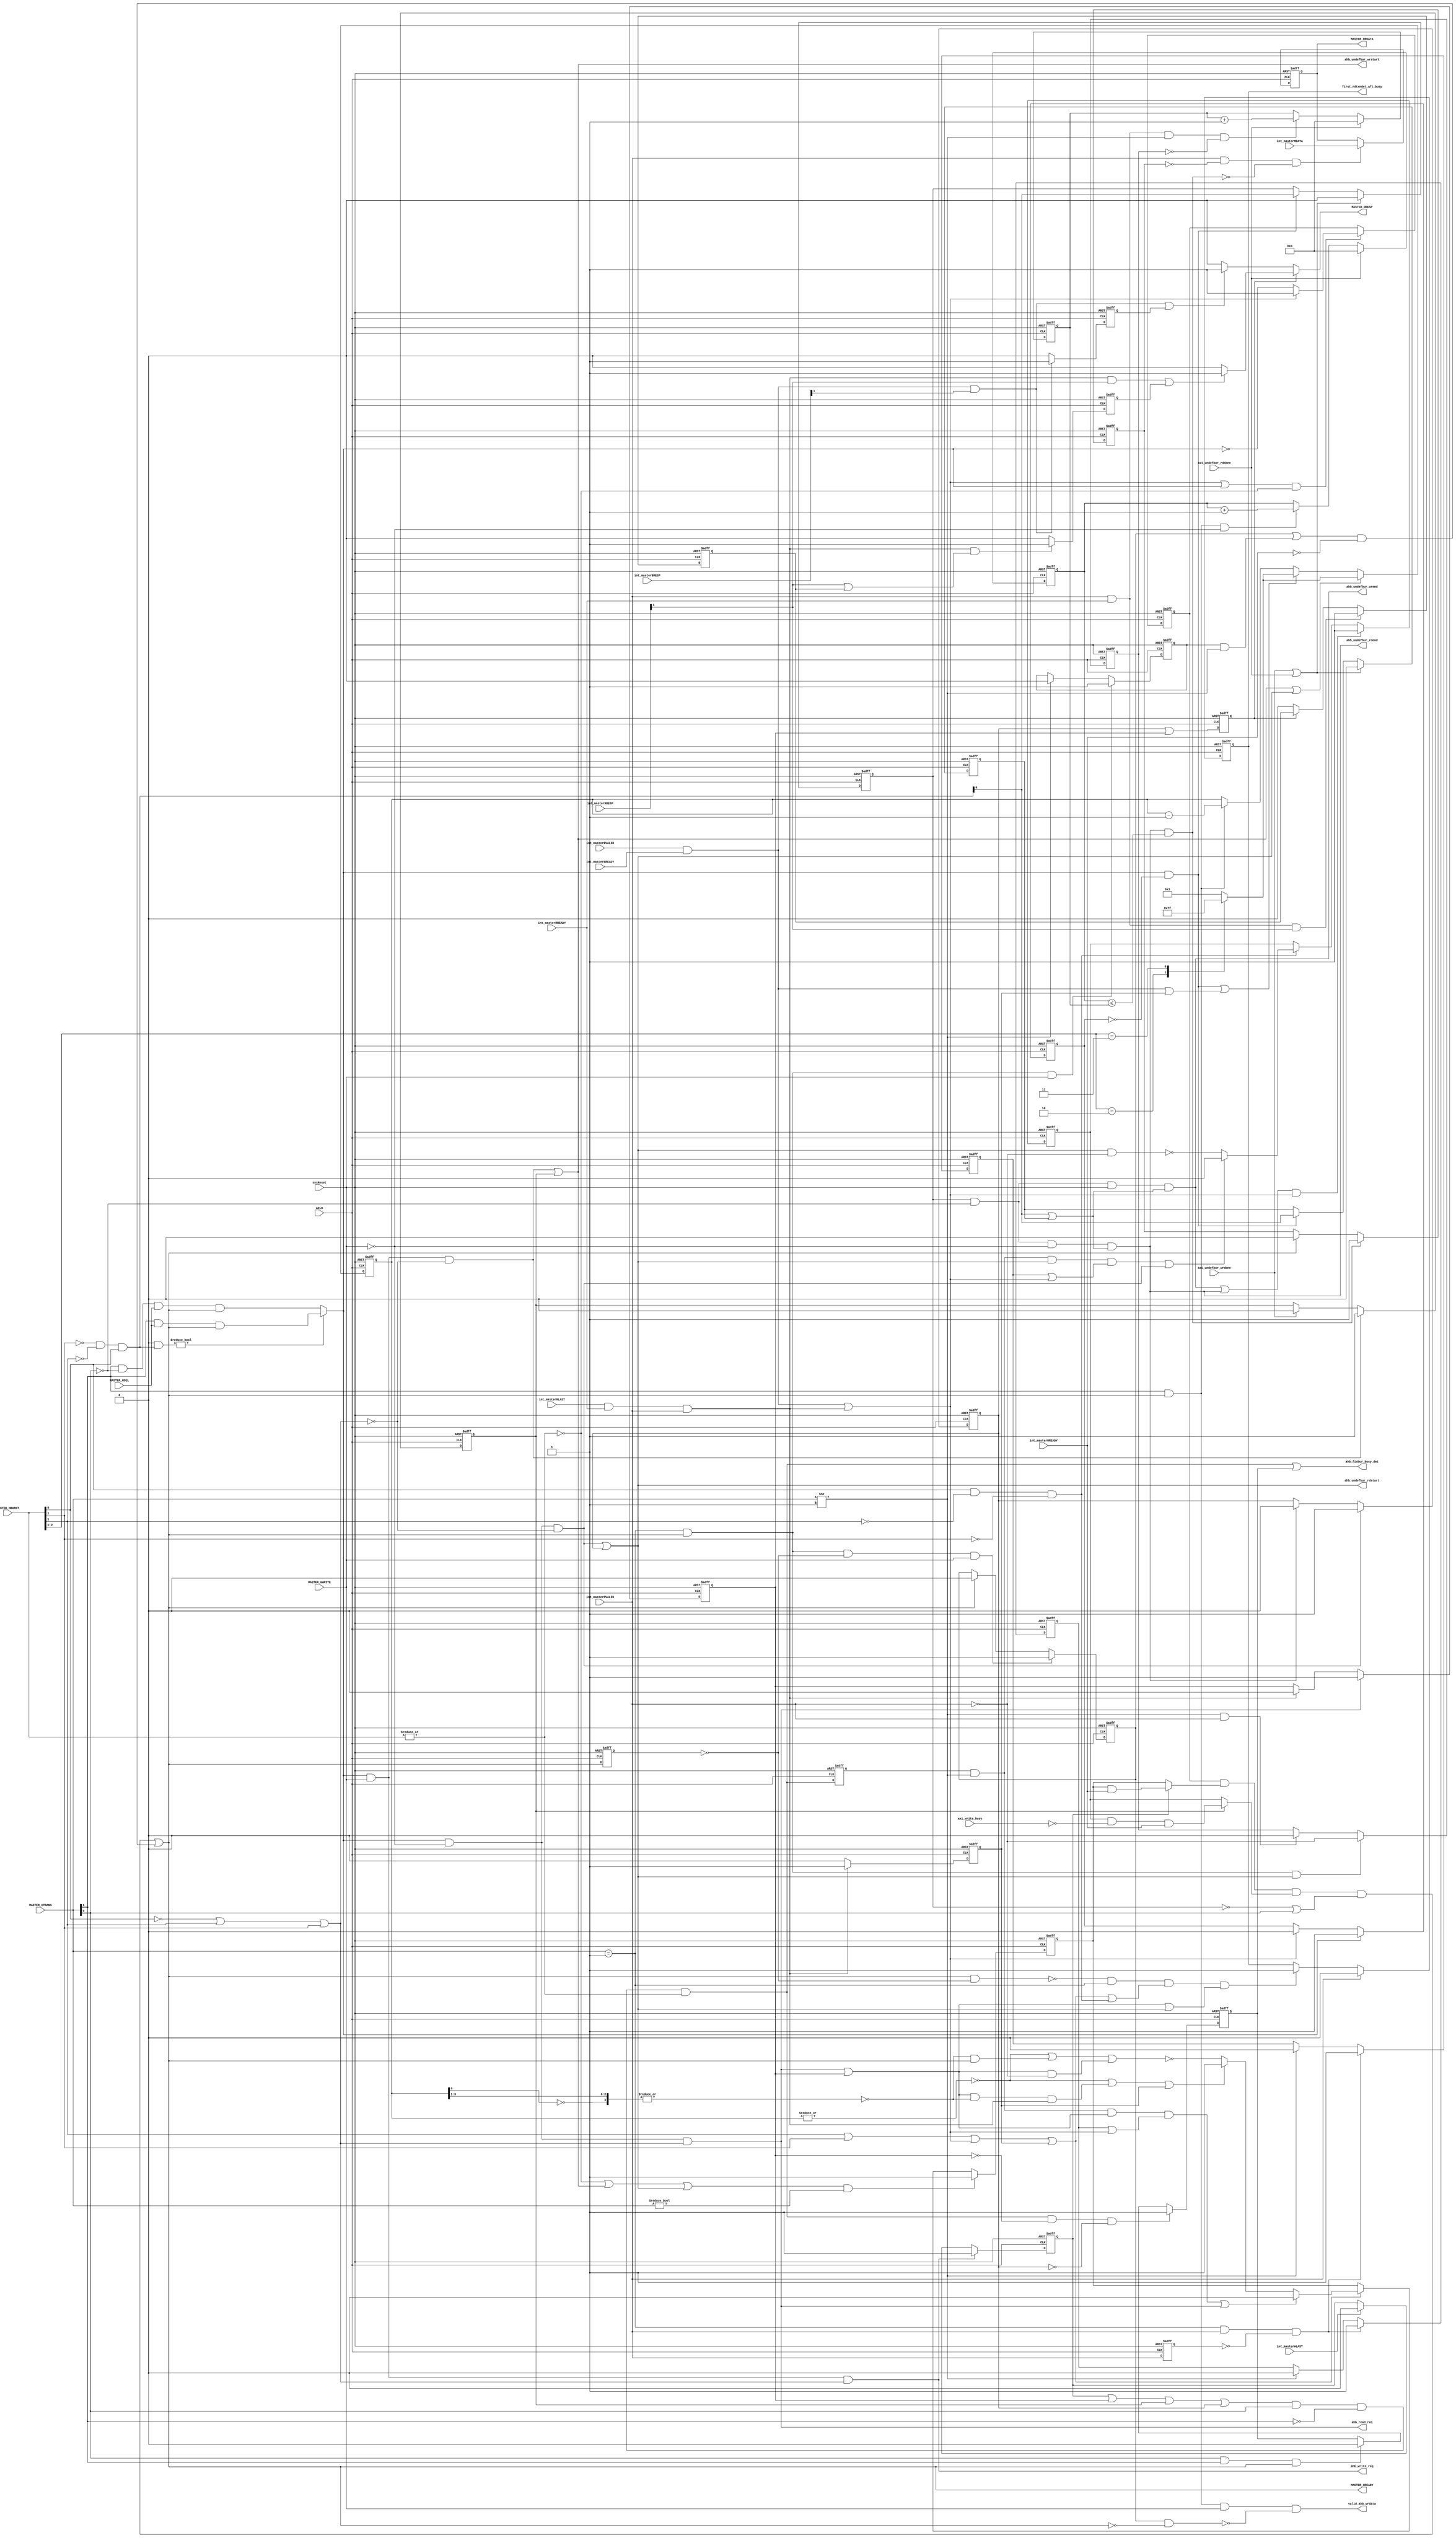
module caxi4interconnect_AHBL_Ctrl # 
(
   parameter        DATA_WIDTH           = 32,
   parameter        DEF_BURST_LEN_ZERO   = 0
)
(
  input                       ACLK,                
  input                       sysReset,            
  input                       MASTER_HSEL,         
  input  [1:0]                MASTER_HTRANS,       
  input                       MASTER_HWRITE,       
  input  [2:0]                MASTER_HBURST,       
  input                       int_masterWLAST,       
  input                       int_masterBVALID,    
  input                       int_masterBREADY,    
  input  [1:0]                int_masterBRESP,     
  input                       int_masterRVALID,    
  input                       int_masterRREADY,    
  input                       int_masterRLAST,     
  input  [1:0]                int_masterRRESP,     
  input  [DATA_WIDTH-1:0]     int_masterRDATA,     
  input                       int_masterWREADY,    
  input                       axi_write_busy,      
  input                       axi_undefbur_wrdone,      
  input                       axi_undefbur_rddone,      
  output reg [DATA_WIDTH-1:0] MASTER_HRDATA,       
  output reg                  MASTER_HRESP,        
  output                      MASTER_HREADY,       
  output                      ahb_write_req,       
  output                      ahb_read_req,        
  output                      ahb_undefbur_wrstart,
  output                      ahb_undefbur_wrend,  
  output                      ahb_undefbur_rdstart,
  output                      ahb_undefbur_rdend,  
  output                      ahb_fixbur_busy_det,
  output                      valid_ahb_wrdata,
  output reg                  first_rdtxndet_aft_busy
);

  wire                        axi_wrresp;
  wire                        axi_rdresp;
  wire                        new_trans;
  wire                        axi_rdwr_comp;
  wire                        ahb_singlebur_hrdy_ctrl_en;
  wire                        ahb_single_undef_bur;
  wire                        new_trans_pl;
  wire                        ahb_burst_cnt_zero;
  wire                        ahb_burst_cnt_one;
  wire                        ahb_fixbur_hrdy_ctrl;
  wire                        ahb_fixbur_hrdy_reg_en; 
  wire                        ahb_undefbur_hrdy_reg_en;
  wire                        ahb_undefbur_hrdy_ctrl;
  wire                        ahb_undefbur_end_hrdy_ctrl;
  wire                        ahb_write_det;
  wire                        ahb_fixed_burst;
  wire                        ahb_read_det;
  wire                        ahb_undefbur_wrdet;
  wire                        ahb_undefbur_rddet;
  wire                        axi_read_comp;
  wire                        incr_undef_burst;
  wire                        ahb_fixbur_busy;
  wire                        ahb_write_req_hold;
  wire                        ahb_read_req_hold;
  wire                        hready_assert;
  reg                         ahb_busy_seq;

  
  
  reg                         axi_wrresp_reg;
  reg                         axi_rdresp_reg;
  reg                         ahb_singlebur_hrdy_ctrl;
  reg  [3:0]                  ahb_burst_cnt;
  reg                         new_trans_reg;
  reg                         ahb_fixbur_hrdy_reg;
  reg                         ahb_write_det_reg;
  reg                         ahb_undefbur_hrdy_reg;
  reg                         new_trans_hold;
  reg                         ahb_undefbur_wrdet_reg;
  reg                         ahb_read_det_reg;
  reg                         ahb_undefbur_rddet_reg;
  reg  [3:0]                  ahb_burst_cnt_load_data;
  reg                         rlast_reg;
  reg                         int_masterRLAST_reg;
  reg                         incr_undef_burst_reg;
  reg                         ahb_undefbur_wrend_hold;
  reg                         ahb_undefbur_rdend_hold;
  reg                         ahb_fixbur_busy_hold;
  reg                         axi_rdresp_hold;
  reg                         MASTER_HREADY_f1;
  reg                         data_not_valid;
  reg                         axi_rdresp_ctrl;
  wire                        invalid_data;
  wire                        ahb_fixbur_busy_rdhrdy_ctrl;
  reg                         ahb_undefbur_last_read_done;
  reg                         int_masterRVALID_f1;
  reg                         ahb_undefbur_last_read_ctrl;
  reg  [9:0]                  read_req_cntr;
  reg  [9:0]                  read_data_cntr;
  reg                         ahb_fixbur_busy_f1;  
  reg                         read_data_cntr_en;  
  reg                         ahb_undefbur_hrdy_deassert_ctrl;  
  reg                         ahb_fixbur_hrdy_deassert_ctrl;  
  
  //To read the last data for undefined burst transaction, below logic is used.Signal is asserted when undefined burst end detected and 
  //read valid is asserted.Signal is de-asserted when transaction is completed.
  

  always@(posedge ACLK or negedge sysReset)
    if(~sysReset)
      ahb_fixbur_busy_f1 <= 0;
	else 
	  ahb_fixbur_busy_f1 <= ahb_fixbur_busy;
  
  //Counters to count number of read request and number of data read. These two counters are used to decide how many read data should be 
  //ignored after detecting termination of undefined burst transaction when DEF_BURST_LEN is not zero.
  
  always@(posedge ACLK or negedge sysReset)
    if(~sysReset)
      read_req_cntr <= 0;
	else if(axi_undefbur_rddone)
	  read_req_cntr <= 0;
	else if(MASTER_HTRANS[1] & MASTER_HREADY & ~MASTER_HWRITE)
	  read_req_cntr <= read_req_cntr + 1'b1;

  always@(posedge ACLK or negedge sysReset)
    if(~sysReset)
      read_data_cntr_en <= 1'b0;
	else if((MASTER_HTRANS == 1) & MASTER_HREADY & ahb_undefbur_rdstart)
	  read_data_cntr_en <= ~int_masterRVALID;
	else if((MASTER_HTRANS != 1) & int_masterRVALID)
	  read_data_cntr_en <= 1'b0;
	  
  always@(posedge ACLK or negedge sysReset)
    if(~sysReset)
      read_data_cntr <= 0;
	else if(axi_undefbur_rddone)
	  read_data_cntr <= 0;
    else if(int_masterRVALID & int_masterRREADY & (MASTER_HTRANS != 1) & ~read_data_cntr_en)
	  read_data_cntr <= read_data_cntr + 1'b1;

	  
  always@(posedge ACLK or negedge sysReset)
    if(~sysReset)
      int_masterRVALID_f1 <= 1'b0;
	else 
	  int_masterRVALID_f1 <= int_masterRVALID;

	  
  always@(posedge ACLK or negedge sysReset)
    if(~sysReset)
      ahb_undefbur_last_read_ctrl <= 1'b0;
    else if(ahb_undefbur_rddet)
      ahb_undefbur_last_read_ctrl <= 1'b0;
    else if(ahb_fixbur_busy)
   	  ahb_undefbur_last_read_ctrl <= 1'b1;
	  
	  
  always@(posedge ACLK or negedge sysReset)
    if(~sysReset)
      ahb_undefbur_last_read_done <= 1'b0;
	else if (ahb_undefbur_rdend & (read_req_cntr <= read_data_cntr))
	  ahb_undefbur_last_read_done <= 1'b1;
	else if(MASTER_HREADY)
	  ahb_undefbur_last_read_done <= 1'b0;
	  
  always@(posedge ACLK or negedge sysReset)
    if(~sysReset)
	  MASTER_HRDATA <= {DATA_WIDTH{1'b0}};
	else if(int_masterRVALID & ~ahb_undefbur_last_read_done & (~(ahb_undefbur_rdend & (read_req_cntr <= read_data_cntr))))
	  MASTER_HRDATA <= int_masterRDATA;


  assign   axi_wrresp = (int_masterBVALID & int_masterBREADY & int_masterBRESP[1]);
  assign   axi_rdresp = (int_masterRVALID & int_masterRREADY & int_masterRRESP[1]);
  
  always@(posedge ACLK or negedge sysReset)
   if(~sysReset)
    axi_wrresp_reg <= 1'b0;
  else if(int_masterBVALID & int_masterBREADY & int_masterBRESP[1])
    axi_wrresp_reg <= 1'b1;
  else 
    axi_wrresp_reg <= 1'b0;

 always@(posedge ACLK or negedge sysReset)
    if(~sysReset)
	  axi_rdresp_ctrl <= 1'b0;
	else
	  axi_rdresp_ctrl <= (ahb_undefbur_rddet_reg | ahb_read_det_reg);
 	

 always@(posedge ACLK or negedge sysReset)
    if(~sysReset)
	  axi_rdresp_reg <= 1'b0;
	else if(axi_rdresp)
	  axi_rdresp_reg <= 1'b1;
	else if(~axi_rdresp_ctrl)
	  axi_rdresp_reg <= 1'b0;
	  
  always@(posedge ACLK or negedge sysReset)
    if(~sysReset)
	  axi_rdresp_hold <= 1'b0;
	else if(int_masterRLAST & int_masterRREADY & int_masterRVALID & (int_masterRRESP[1] | axi_rdresp_reg))
	  axi_rdresp_hold <= 1'b1;
	else 
	  axi_rdresp_hold <= 1'b0;
	  
  always@(*)
    begin 
	  if (axi_rdresp_ctrl)
	    begin 
		  if((int_masterRLAST & int_masterRREADY & int_masterRVALID & int_masterRRESP[1]) | axi_rdresp_hold)
	        MASTER_HRESP = 1'b1;
		  else 
		    MASTER_HRESP = 1'b0;
	    end 
	  else 
	    begin 
		  if((int_masterBVALID & int_masterBREADY & int_masterBRESP[1]) | axi_wrresp_reg)
	        MASTER_HRESP = 1'b1;
		  else 
		    MASTER_HRESP = 1'b0;
		end
    end 	
	
  // Logic for new transaction detection. When DEF_BURST_LEN_ZERO is one, on the detection of single/incr burst trans.
  // this signal is asserted else it is asserted only when single burst trans. is detected. 
  
  assign new_trans = (DEF_BURST_LEN_ZERO & (~MASTER_HBURST[2] & ~MASTER_HBURST[1] & MASTER_HBURST[0])) ? (MASTER_HTRANS[1] & MASTER_HSEL & MASTER_HREADY) :
                                           (MASTER_HTRANS[1] & ~MASTER_HTRANS[0] & MASTER_HSEL & MASTER_HREADY);

  assign axi_rdwr_comp = ((int_masterBVALID & int_masterBREADY) | (int_masterRREADY & int_masterRLAST & int_masterRVALID));  //Indicates AXI read/write complete

  assign ahb_single_undef_bur = DEF_BURST_LEN_ZERO ? ~(| MASTER_HBURST[2:1]) : ~(| MASTER_HBURST[2:0]);  
  
  assign ahb_singlebur_hrdy_ctrl_en = ((axi_rdwr_comp | new_trans ) & ahb_single_undef_bur);
  
  //Logic to control HREADY during single burst or incr burst (if DEF_BURST_LEN is zero). 
  
  always@(posedge ACLK or negedge sysReset)
    if(~sysReset)
	  ahb_singlebur_hrdy_ctrl <= 1'b1;
//	else if((MASTER_HTRANS == 2'b01) & ~MASTER_HWRITE)
//	  ahb_singlebur_hrdy_ctrl <= 1'b1;
	else if(ahb_singlebur_hrdy_ctrl_en)
	  begin 
	    if(axi_rdwr_comp)
		  ahb_singlebur_hrdy_ctrl <= 1'b1;
		else 
		  ahb_singlebur_hrdy_ctrl <= ~new_trans;
	  end 

  //Burst count load data logic. For fixed burst, counter is loaded with value 3,7 or 15 based on INCR4/WRAP4, INCR8/WRAP8
  //or INCR16/WRAP16  
	  
  always @(*)
    begin 
	  case(MASTER_HBURST[2:1])
	    2       : ahb_burst_cnt_load_data = 7;
	    3       : ahb_burst_cnt_load_data = 15;
	    default : ahb_burst_cnt_load_data = 3;
	  endcase 
    end 	

  always@(posedge ACLK or negedge sysReset)
    if(~sysReset)
	  new_trans_reg <= 1'b0;
	else if(new_trans)  
	  new_trans_reg <= 1'b1;
	else if(axi_rdwr_comp)
	  new_trans_reg <= 1'b0;
  
  assign new_trans_pl = new_trans & ~new_trans_reg; // Rising edge pulse of new trans	  
  
  //Burst Count Logic. Counter is loaded when new transaction is detected or axi write repsonse is received or 
  //axi read last is detected. It is loaded with the vallue 3,7 or 15 depends on the AHB Burst. 
  
  always@(posedge ACLK or negedge sysReset)
    if(~sysReset)
	  rlast_reg <= 1'b0;
	else if(axi_read_comp)  
	  rlast_reg <= 1'b1;
	else 
	  rlast_reg <= 1'b0;
  
  always@(posedge ACLK or negedge sysReset)
    if(~sysReset)
	  ahb_burst_cnt <= 4'h3;
	else if(ahb_undefbur_wrstart | ahb_undefbur_rdstart)
	  ahb_burst_cnt <= ahb_burst_cnt_load_data;
	else if(new_trans_pl | ((int_masterBVALID & int_masterBREADY) | rlast_reg))
	  ahb_burst_cnt <= ahb_burst_cnt_load_data;
	else if(MASTER_HTRANS[1] & MASTER_HREADY)
	  ahb_burst_cnt <= ahb_burst_cnt - 1'b1;

  assign ahb_burst_cnt_zero = ~(| ahb_burst_cnt[3:0]);	  //Burst counter value 0
  assign ahb_burst_cnt_one  = ~(| {ahb_burst_cnt[3:1],~ahb_burst_cnt[0]}); //Burst counter value 1
  assign axi_read_not_ready = ~(int_masterRVALID);  //AXI not ready for the read
  assign ahb_fixbur_hrdy_reg_en = (MASTER_HBURST[1] | MASTER_HBURST[2] | axi_rdwr_comp | rlast_reg); // Fixed Burst.
  //assign ahb_fixundef_busy_rdhrdy_ctrl = (ahb_read_req_hold & (MASTER_HTRANS == 2'b01));
  assign ahb_fixbur_busy_rdhrdy_ctrl = (ahb_read_req_hold & (MASTER_HTRANS == 2'b01));  

  always@(posedge ACLK or negedge sysReset)
    if(~sysReset)
	  ahb_fixbur_hrdy_deassert_ctrl <= 1'b0;
	else if((MASTER_HTRANS == 1) & int_masterRVALID & ~int_masterRVALID_f1)
	  ahb_fixbur_hrdy_deassert_ctrl <= 1'b1;
	else if(MASTER_HTRANS != 1)
	  ahb_fixbur_hrdy_deassert_ctrl <= 1'b0;

	  
  always@(posedge ACLK or negedge sysReset)
    if(~sysReset)
	  ahb_fixbur_hrdy_reg <= 1'b1;
	else if((ahb_single_undef_bur | ahb_undefbur_wrstart | ahb_undefbur_rdstart) & (MASTER_HTRANS != 0))
	  ahb_fixbur_hrdy_reg <= 1'b1;
	else if(ahb_fixbur_hrdy_reg_en)
	  begin 
	    if((ahb_fixbur_busy_f1 & (MASTER_HTRANS != 1) & ahb_read_req_hold & (ahb_fixbur_hrdy_deassert_ctrl | axi_rdwr_comp)) | ahb_read_det) 
		  ahb_fixbur_hrdy_reg <= 1'b0;
	    else if(ahb_burst_cnt_zero | (ahb_read_req_hold & ahb_burst_cnt_one & axi_read_comp) | rlast_reg)
	      ahb_fixbur_hrdy_reg <= 1'b1;
		else 
		  ahb_fixbur_hrdy_reg <= ~(ahb_burst_cnt_zero | (ahb_burst_cnt_one & MASTER_HREADY) | 
		                          (ahb_read_req_hold & axi_read_not_ready));
	  end 
  
  //Logic to control HREADY during fixed burst operation.
  
  assign ahb_fixbur_hrdy_ctrl = ahb_write_det_reg ? (ahb_fixbur_hrdy_reg & int_masterWREADY) :
                                                    (ahb_fixbur_hrdy_reg);
													
  //Logic to enable undefined burst HREADY control. 
													
  assign ahb_undefbur_hrdy_reg_en = DEF_BURST_LEN_ZERO ? 1'b0 : (MASTER_HBURST[0] & ~MASTER_HBURST[1] & ~MASTER_HBURST[2]);													 
  
  always@(posedge ACLK or negedge sysReset)
    if(~sysReset)
	  ahb_undefbur_hrdy_deassert_ctrl <= 1'b0;
	else if((MASTER_HTRANS == 1) & int_masterRVALID & ~int_masterRVALID_f1)
	  ahb_undefbur_hrdy_deassert_ctrl <= 1'b1;
	else if(MASTER_HTRANS != 1)
	  ahb_undefbur_hrdy_deassert_ctrl <= 1'b0;

  always@(posedge ACLK or negedge sysReset)
    if(~sysReset)
	  ahb_undefbur_hrdy_reg <= 1'b1;
	else if((ahb_undefbur_wrend | ahb_undefbur_rdend) & axi_rdwr_comp)
	  ahb_undefbur_hrdy_reg <= 1'b1;
	else if(ahb_undefbur_hrdy_reg_en)
	  begin 
	    if((ahb_fixbur_busy_f1 & (MASTER_HTRANS != 1) & ahb_undefbur_rdstart & (ahb_undefbur_hrdy_deassert_ctrl | axi_rdwr_comp)) | ahb_undefbur_rddet)
	      ahb_undefbur_hrdy_reg <= 1'b0;
	    else 
	      ahb_undefbur_hrdy_reg <=  (~(ahb_undefbur_rdstart & axi_read_not_ready));
	  end 
	  
  assign ahb_undefbur_hrdy_ctrl = ahb_undefbur_wrdet_reg ? (ahb_undefbur_hrdy_reg & ~axi_write_busy & int_masterWREADY) :
                                                           (ahb_undefbur_hrdy_reg);

  assign incr_undef_burst = (~MASTER_HBURST[2] & ~MASTER_HBURST[1] & MASTER_HBURST[0] & ~DEF_BURST_LEN_ZERO); 		

  always@(posedge ACLK or negedge sysReset)
    if(~sysReset)
	  incr_undef_burst_reg <= 1'b0;	
	else if(axi_undefbur_wrdone | axi_undefbur_rddone) 
      incr_undef_burst_reg <= 1'b0;
	else if(new_trans_pl)
      incr_undef_burst_reg <= incr_undef_burst;

  
  always@(posedge ACLK or negedge sysReset)
    if(~sysReset)
	  new_trans_hold <= 1'b0;
	else if(axi_undefbur_wrdone | axi_undefbur_rddone)	       
      new_trans_hold <= 1'b0;
	else if(new_trans_pl)
      new_trans_hold <= incr_undef_burst;

  //Detects termination of the undefined burst trans.
	  
  assign ahb_undefbur_end_hrdy_ctrl = (~new_trans_hold | MASTER_HTRANS[0]);
  
  assign MASTER_HREADY = ((ahb_singlebur_hrdy_ctrl & ahb_fixbur_hrdy_ctrl & ahb_undefbur_hrdy_ctrl & 
                          ahb_undefbur_end_hrdy_ctrl) | hready_assert);

  //Detects fixed burst transaction. 
  
  assign ahb_fixed_burst = (DEF_BURST_LEN_ZERO | ~MASTER_HBURST[0] | MASTER_HBURST[1] | MASTER_HBURST[2]);
  
  //Detects AHB Write trans. 
  
  assign ahb_write_det   = (new_trans & MASTER_HWRITE & ahb_fixed_burst);
  
  //Hold the AHB Write trans. signal until write operation is finished. 

  always@(posedge ACLK or negedge sysReset)
    if(~sysReset)
	  ahb_write_det_reg <= 1'b0;
	else if(ahb_write_det)
      ahb_write_det_reg <= 1'b1;
	else if(int_masterWLAST)
      ahb_write_det_reg <= 1'b0;
 	  
  assign ahb_write_req_hold = (ahb_write_det | ahb_write_det_reg);
  assign ahb_write_req = (ahb_write_det);
						   
  //Detects AHB Read trans. 
  
  assign ahb_read_det   = (new_trans & ~MASTER_HWRITE & ahb_fixed_burst);
  
  //Hold the AHB Read trans. signal until read operation is finished. 
  
  always@(posedge ACLK or negedge sysReset)
    if(~sysReset)
	  int_masterRLAST_reg <= 1'b0;
	else 
      int_masterRLAST_reg <= int_masterRLAST;

  assign axi_read_comp = (int_masterRREADY & int_masterRLAST & int_masterRVALID);
  
  always@(posedge ACLK or negedge sysReset)
    if(~sysReset)
	  ahb_read_det_reg <= 1'b0;
	else if(ahb_read_det)
      ahb_read_det_reg <= 1'b1;
	else if(axi_read_comp)
      ahb_read_det_reg <= 1'b0;
 	  
  assign ahb_read_req_hold = (ahb_read_det | ahb_read_det_reg);
  assign ahb_read_req      = (ahb_read_det);
  
  //Detects AHB Undefined burst Write trans. 
  
  assign ahb_undefbur_wrdet   = (new_trans & MASTER_HWRITE & ~ahb_fixed_burst);
  
  //Hold the AHB Undefined burst Write trans. signal until write operation is finished. 

  always@(posedge ACLK or negedge sysReset)
    if(~sysReset)
	  ahb_undefbur_wrdet_reg <= 1'b0;
	else if(ahb_undefbur_wrdet)
      ahb_undefbur_wrdet_reg <= 1'b1;
	//else if(ahb_undefbur_wrend_hold & int_masterBVALID & int_masterBREADY)
	else if(axi_undefbur_wrdone)
      ahb_undefbur_wrdet_reg <= 1'b0;
 	  
  assign ahb_undefbur_wrstart = (ahb_undefbur_wrdet | ahb_undefbur_wrdet_reg);
  
  //Detects AHB Undefined burst Read trans. 
  
  assign ahb_undefbur_rddet   = (new_trans & ~MASTER_HWRITE & ~ahb_fixed_burst);
  
  //Hold the AHB Undefined burst Write trans. signal until write operation is finished. 

  always@(posedge ACLK or negedge sysReset)
    if(~sysReset)
	  ahb_undefbur_rddet_reg <= 1'b0;
	else if(ahb_undefbur_rddet)
      ahb_undefbur_rddet_reg <= 1'b1;
	else if(ahb_undefbur_rdend)
      ahb_undefbur_rddet_reg <= 1'b0;
 	  
  assign ahb_undefbur_rdstart = (ahb_undefbur_rddet | ahb_undefbur_rddet_reg);
  
  assign ahb_undefbur_wrend = (new_trans_hold & (~(MASTER_HTRANS[0])) & MASTER_HWRITE & 
                              (incr_undef_burst | incr_undef_burst_reg));

  assign ahb_undefbur_rdend = (new_trans_hold & (~(MASTER_HTRANS[0])) & ~MASTER_HWRITE & 
                              (incr_undef_burst | incr_undef_burst_reg));
						  
  
  
  
  always@(posedge ACLK or negedge sysReset)
    if(~sysReset)
	  ahb_undefbur_wrend_hold <= 1'b0;
    else if(int_masterBVALID & int_masterBREADY)
      ahb_undefbur_wrend_hold <= 1'b0;
    else if (ahb_undefbur_wrend)
      ahb_undefbur_wrend_hold <= 1'b1;	

  always@(posedge ACLK or negedge sysReset)
    if(~sysReset)
	  ahb_undefbur_rdend_hold <= 1'b0;
    else if(rlast_reg)
      ahb_undefbur_rdend_hold <= 1'b0;
    else if (ahb_undefbur_rdend)
      ahb_undefbur_rdend_hold <= 1'b1;	
	  
  assign ahb_fixbur_busy = ((ahb_write_det_reg | ahb_read_det_reg | ahb_undefbur_wrdet_reg | ahb_undefbur_rddet_reg) & MASTER_HTRANS[0] & ~MASTER_HTRANS[1] & 
                            ~ahb_single_undef_bur);
  
  always@(posedge ACLK or negedge sysReset)
    if(~sysReset)
	  ahb_fixbur_busy_hold <= 1'b0;
	else if(ahb_fixbur_busy & ~ahb_read_det_reg & ~ahb_undefbur_rddet_reg)
	  ahb_fixbur_busy_hold <= 1'b1;
	else if(MASTER_HTRANS[0] & MASTER_HTRANS[1] & MASTER_HREADY)
	  ahb_fixbur_busy_hold <= 1'b0;

  always@(posedge ACLK or negedge sysReset)
    if(~sysReset)
	  MASTER_HREADY_f1 <= 1'b1;
	else
	  MASTER_HREADY_f1 <= MASTER_HREADY;
	  
  //Logic to delay valid_ahb_wrdata by 1 clock cycle if BUSY transaction is accepted just before the SEQ transaction.
  //If Busy transaction is accepted and on the next clock cycle HREADY is high then data is valid otherwise when HREADY is 
  //asserted again at that time 1 clock cycle delay is given because valid data will be received after one clock cycle after 
  //SEQ transaction is accepted.  

  always@(posedge ACLK or negedge sysReset)
    if(~sysReset)
	  data_not_valid <= 1'b0;
	else if((MASTER_HTRANS == 1) & MASTER_HREADY & ~MASTER_HREADY_f1 & MASTER_HWRITE)
	  data_not_valid <= 1'b1;
	else if(MASTER_HREADY)
	  data_not_valid <= 1'b0;

  always@(posedge ACLK or negedge sysReset)
    if(~sysReset)
	  ahb_busy_seq <= 1'b0;
	else if((MASTER_HTRANS == 1) & MASTER_HREADY & MASTER_HWRITE)
	  ahb_busy_seq <= 1'b1;
	else if(MASTER_HTRANS != 1)
	  ahb_busy_seq <= 1'b0;


  //If data_not_valid is high and int_masterWREADY is low then, HREADY should be driven high for one clock cycle otherwise int_masterWVALID goes low 
  //as valid_ahb_wrdata is low and never assert again as valid_ahb_wrdata always remains zero since new SEQUENTIAL transaction won't be accepted
  //until int_masterWREADY is high again. So to remove the dependancy of int_masterWREADY into this condition new signal is generated to 
  //drive HREADY high for one clock cycle. 
  
  assign hready_assert = ((data_not_valid | (ahb_busy_seq & MASTER_HTRANS != 1)) & ~int_masterWREADY);
  
  assign invalid_data = (data_not_valid & ~MASTER_HREADY);	    
	  
  assign ahb_fixbur_busy_det = ((ahb_fixbur_busy | ahb_fixbur_busy_hold));
  
  assign valid_ahb_wrdata = (MASTER_HTRANS[1] & MASTER_HREADY & MASTER_HWRITE & ~invalid_data);
  
  always@(posedge ACLK or negedge sysReset)
    if(~sysReset)
      first_rdtxndet_aft_busy <= 1'b0;	
	else if(int_masterRVALID)
	  first_rdtxndet_aft_busy <= 1'b0;
	else if((~(MASTER_HREADY & ~MASTER_HREADY_f1)) & (MASTER_HTRANS == 2'b01) & (ahb_fixbur_hrdy_reg_en | ahb_undefbur_hrdy_reg_en) & 
	        (ahb_read_req_hold | ahb_undefbur_rdstart))	
	  first_rdtxndet_aft_busy <= 1'b1;
														   
endmodule